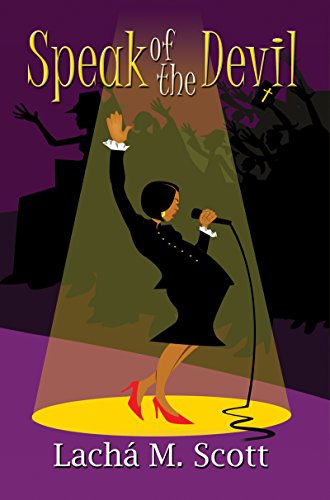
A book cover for Speak of the Devil; Lacha M Scott; Literature & Fiction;